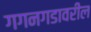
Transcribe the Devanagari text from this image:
गगनगडावरील